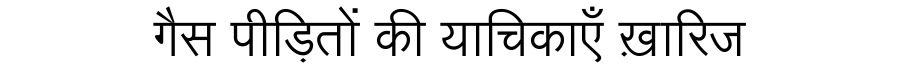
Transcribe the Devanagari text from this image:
गैस पीड़ितों की याचिकाएँ ख़ारिज